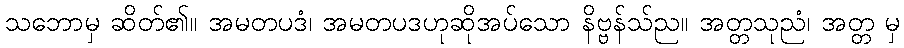
သဘောမှ ဆိတ်၏။ အမတပဒံ၊ အမတပဒဟုဆိုအပ်သော နိဗ္ဗန်သ်ည။ အတ္တသုညံ၊ အတ္တ မှ